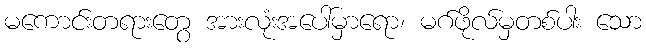
မကောင်းတရားတွေ အားလုံးအပေါ်မှာရော၊ မဂ်ဖိုလ်မှတစ်ပါး သော